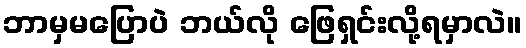
ဘာမှမပြောပဲ ဘယ်လို ဖြေရှင်းလို့ရမှာလဲ။